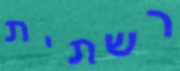
רשתית